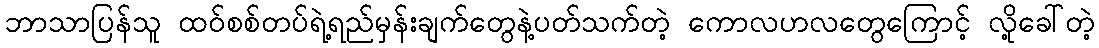
ဘာသာပြန်သူ ထဝ်စစ်တပ်ရဲ့ရည်မှန်းချက်တွေနဲ့ပတ်သက်တဲ့ ကောလဟလတွေကြောင့် လို့ခေါ်တဲ့